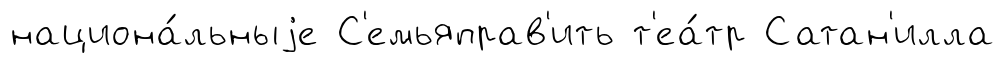
национа́льныjе С'емьяправ'ить т'еа́тр Сатан'илла